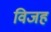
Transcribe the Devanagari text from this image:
विजह